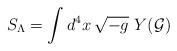
LaTeX: \begin{align*}S_\Lambda=\int d^4x\,\sqrt{-g}\,\,Y(\cal G)\end{align*}